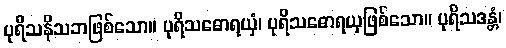
ပုရိသနိသဘဖြစ်သော။ ပုရိသဓောရယှံ၊ ပုရိသဓောရယှဖြစ်သော။ ပုရိသဒန္တံ၊